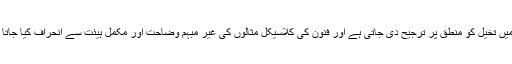
اس میں تخیل کو منطق پر ترجیح دی جاتی ہے اور فنون کی کلاسیکل مثالوں کی غیر مبہم وضاحت اور مکمل ہیئت سے انحراف کیا جاتا ہے۔